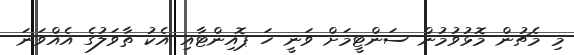
މި މެޗުން މޮޅުވުމުން ސަންޓީމަށް ވަނީ ހަ ޕޮއިންޓާއި އެކު ތާވަލުގެ އެއްވަނަ